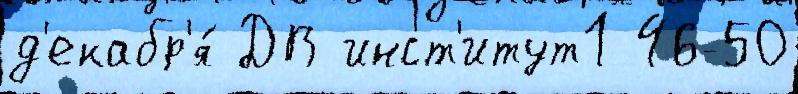
д'екабр'я́ ДВ инст'итут1 46-50